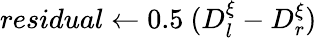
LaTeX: residual\gets 0.5~(D_{l}^{\xi}-D_{r}^{\xi})